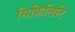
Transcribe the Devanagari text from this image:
सिफ़िलिटि